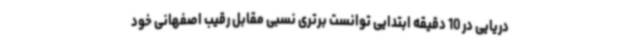
دریایی در 10 دقیقه ابتدایی توانست برتری نسبی مقابل رقیب اصفهانی خود